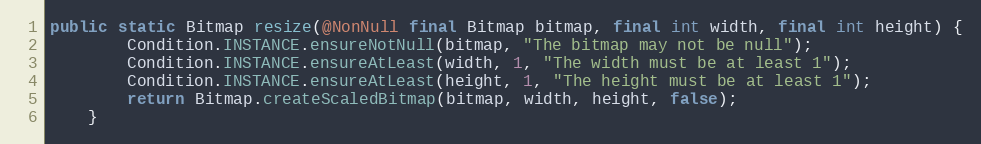
Language: Java
public static Bitmap resize(@NonNull final Bitmap bitmap, final int width, final int height) {
        Condition.INSTANCE.ensureNotNull(bitmap, "The bitmap may not be null");
        Condition.INSTANCE.ensureAtLeast(width, 1, "The width must be at least 1");
        Condition.INSTANCE.ensureAtLeast(height, 1, "The height must be at least 1");
        return Bitmap.createScaledBitmap(bitmap, width, height, false);
    }